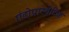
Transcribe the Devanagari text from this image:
एंडोप्रास्थेटिक